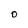
Character: O